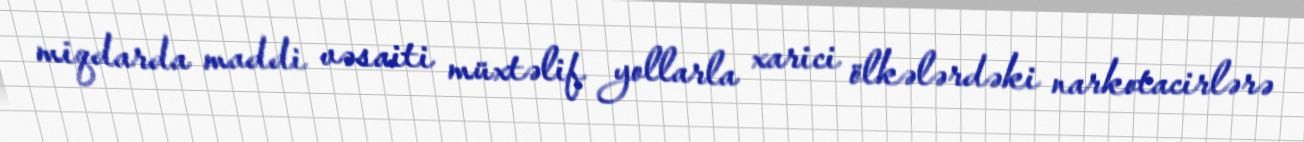
miqdarda maddi vəsaiti müxtəlif yollarla xarici ölkələrdəki narkotacirlərə